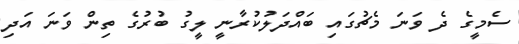
ސެމީގެ ދެ ވަނަ މެޗުގައި ބައްދަލުކުރާނީ ލީގު ބުރުގެ ތިން ވަނަ އަދި